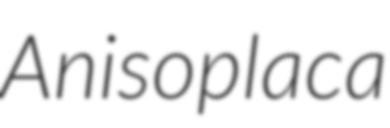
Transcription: Anisoplaca